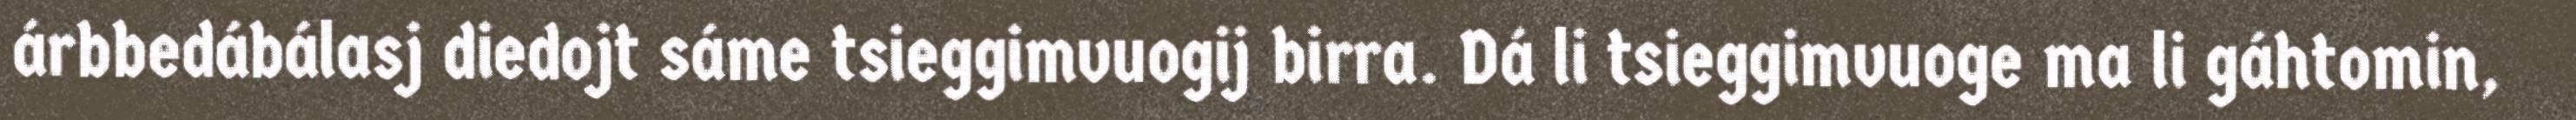
árbbedábálasj diedojt sáme tsieggimvuogij birra. Dá li tsieggimvuoge ma li gáhtomin,